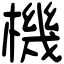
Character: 機